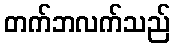
တက်ဘလက်သည်